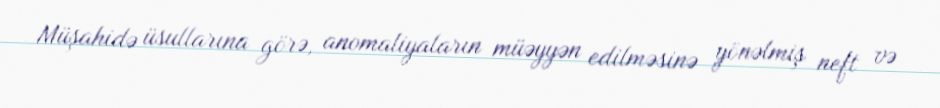
Müşahidə üsullarına görə, anomaliyaların müəyyən edilməsinə yönəlmiş neft və